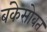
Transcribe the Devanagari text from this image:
बंकेसोबत